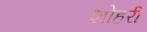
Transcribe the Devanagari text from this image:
शोहरी